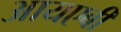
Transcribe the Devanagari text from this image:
आयएबी